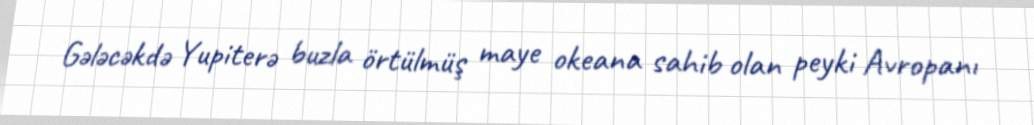
Gələcəkdə Yupiterə buzla örtülmüş maye okeana sahib olan peyki Avropanı